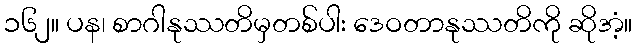
၁၆၂။ ပန၊ စာဂါနုဿတိမှတစ်ပါး ဒေဝတာနုဿတိကို ဆိုအံ့။